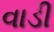
વાડી